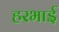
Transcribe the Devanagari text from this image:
हरभाई